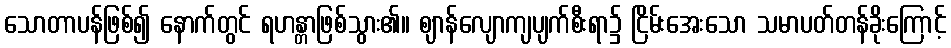
သောတာပန်ဖြစ်၍ နောက်တွင် ရဟန္တာဖြစ်သွား၏။ ဈာန်လျောကျပျက်စီးရာ၌ ငြိမ်းအေးသော သမာပတ်တန်ခိုးကြောင့်